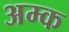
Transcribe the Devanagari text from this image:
अम्क